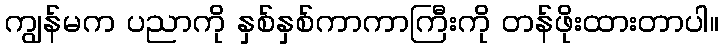
ကျွန်မက ပညာကို နှစ်နှစ်ကာကာကြီးကို တန်ဖိုးထားတာပါ။